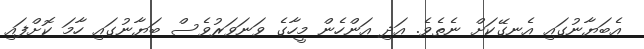
އެބަޔާނުގައި އެނގޭކަށް ނެތެވެ. އަދި އަންހެން މީހާގެ ވަނަވަރުވެސް ބަޔާނުގައި ހާމަ ކޮށްފައި